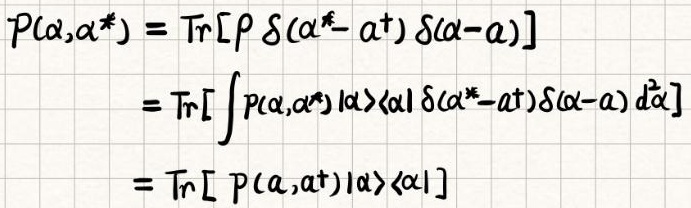
\[
\begin{align*}
P(\alpha,\alpha^*)&=\text{Tr}[\rho\delta(\alpha^* - a^{\dagger})\delta(\alpha - a)]\\
&=\text{Tr}\left[\int P(\alpha,\alpha^*)|\alpha\rangle\langle\alpha|\delta(\alpha^* - a^{\dagger})\delta(\alpha - a)d^2\alpha\right]\\
&=\text{Tr}\left[P(a,a^{\dagger})|\alpha\rangle\langle\alpha|\right]
\end{align*}
\]